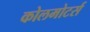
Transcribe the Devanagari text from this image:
कोलमोटर्स